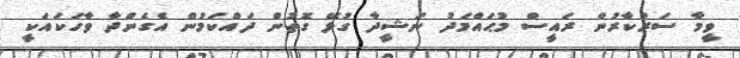
ވީމާ ސަރުކާރުން ރައީސް މުޙައްމަދު ނަޝީދާ ގުޅޭ ގޮތުން ދައްކަމުން އެގެންދާ ވާހަކައަކީ